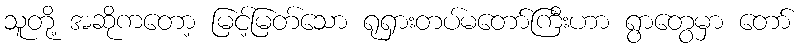
သူတို့ အဆိုကတော့ မြင့်မြတ်သော ရုရှားတပ်မတော်ကြီးဟာ ရွာတွေမှာ တော်